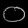
Digit: ၀